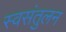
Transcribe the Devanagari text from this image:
स्वसंतुलन